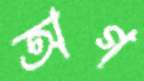
অগ